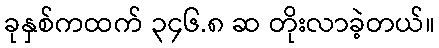
ခုနှစ်ကထက် ၃၄၆.၈ ဆ တိုးလာခဲ့တယ်။